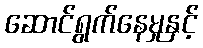
ဆောင်ရွက်နေမှုနှင့်